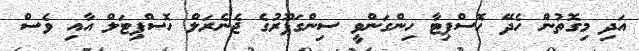
އަދި މިގޮތުން ހެދޭ ހޮސްޕިޓާ ހިންގަންވީ ސިންގަޕޫރުގެ ޖެނެރަލް ހޮސްޕިޓަލް އާއި ވެސް